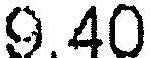
9.40